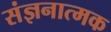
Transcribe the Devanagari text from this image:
संज्ञनात्मक